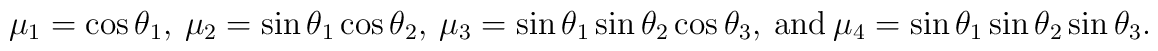
\mu_1=\cos\theta_1, ~\mu_2=\sin\theta_1\cos\theta_2, ~\mu_3=\sin\theta_1\sin\theta_2\cos\theta_3, ~ {\rm and} ~\mu_4=\sin\theta_1\sin\theta_2\sin\theta_3.